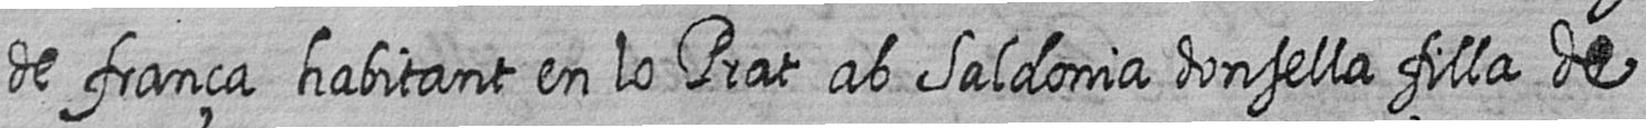
de frança habitant en lo Prat ab Saldonia donsella filla de